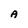
Character: A